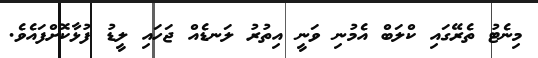
މިނެޓު ތެރޭގައި ކްލަބް އެމުނި ވަނީ އިތުރު ލަނޑެއް ޖަހައި ލީޑު ފުޅާކޮށްފައެވެ.